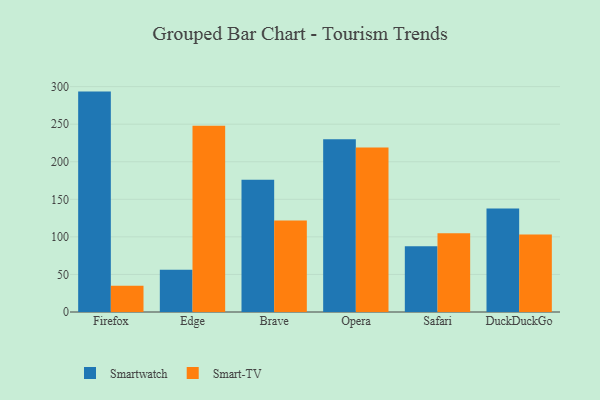
{"axis": {"x": "Browser", "y": "Conversion Rate (%)"}, "legend": ["Smart-TV", "Smartwatch"], "data": [{"x": "Firefox", "y": 293.4, "type": "Smartwatch"}, {"x": "Firefox", "y": 35.0, "type": "Smart-TV"}, {"x": "Edge", "y": 56.1, "type": "Smartwatch"}, {"x": "Edge", "y": 248.0, "type": "Smart-TV"}, {"x": "Brave", "y": 176.2, "type": "Smartwatch"}, {"x": "Brave", "y": 121.7, "type": "Smart-TV"}, {"x": "Opera", "y": 230.0, "type": "Smartwatch"}, {"x": "Opera", "y": 218.9, "type": "Smart-TV"}, {"x": "Safari", "y": 87.6, "type": "Smartwatch"}, {"x": "Safari", "y": 104.9, "type": "Smart-TV"}, {"x": "DuckDuckGo", "y": 137.9, "type": "Smartwatch"}, {"x": "DuckDuckGo", "y": 103.2, "type": "Smart-TV"}]}